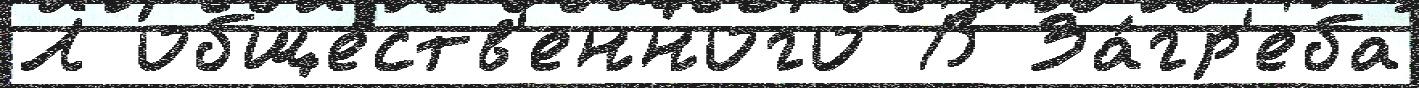
Л обще́ств'енного В За́гр'еба